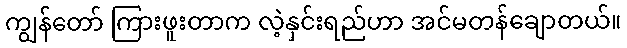
ကျွန်တော် ကြားဖူးတာက လဲ့နှင်းရည်ဟာ အင်မတန်ချောတယ်။